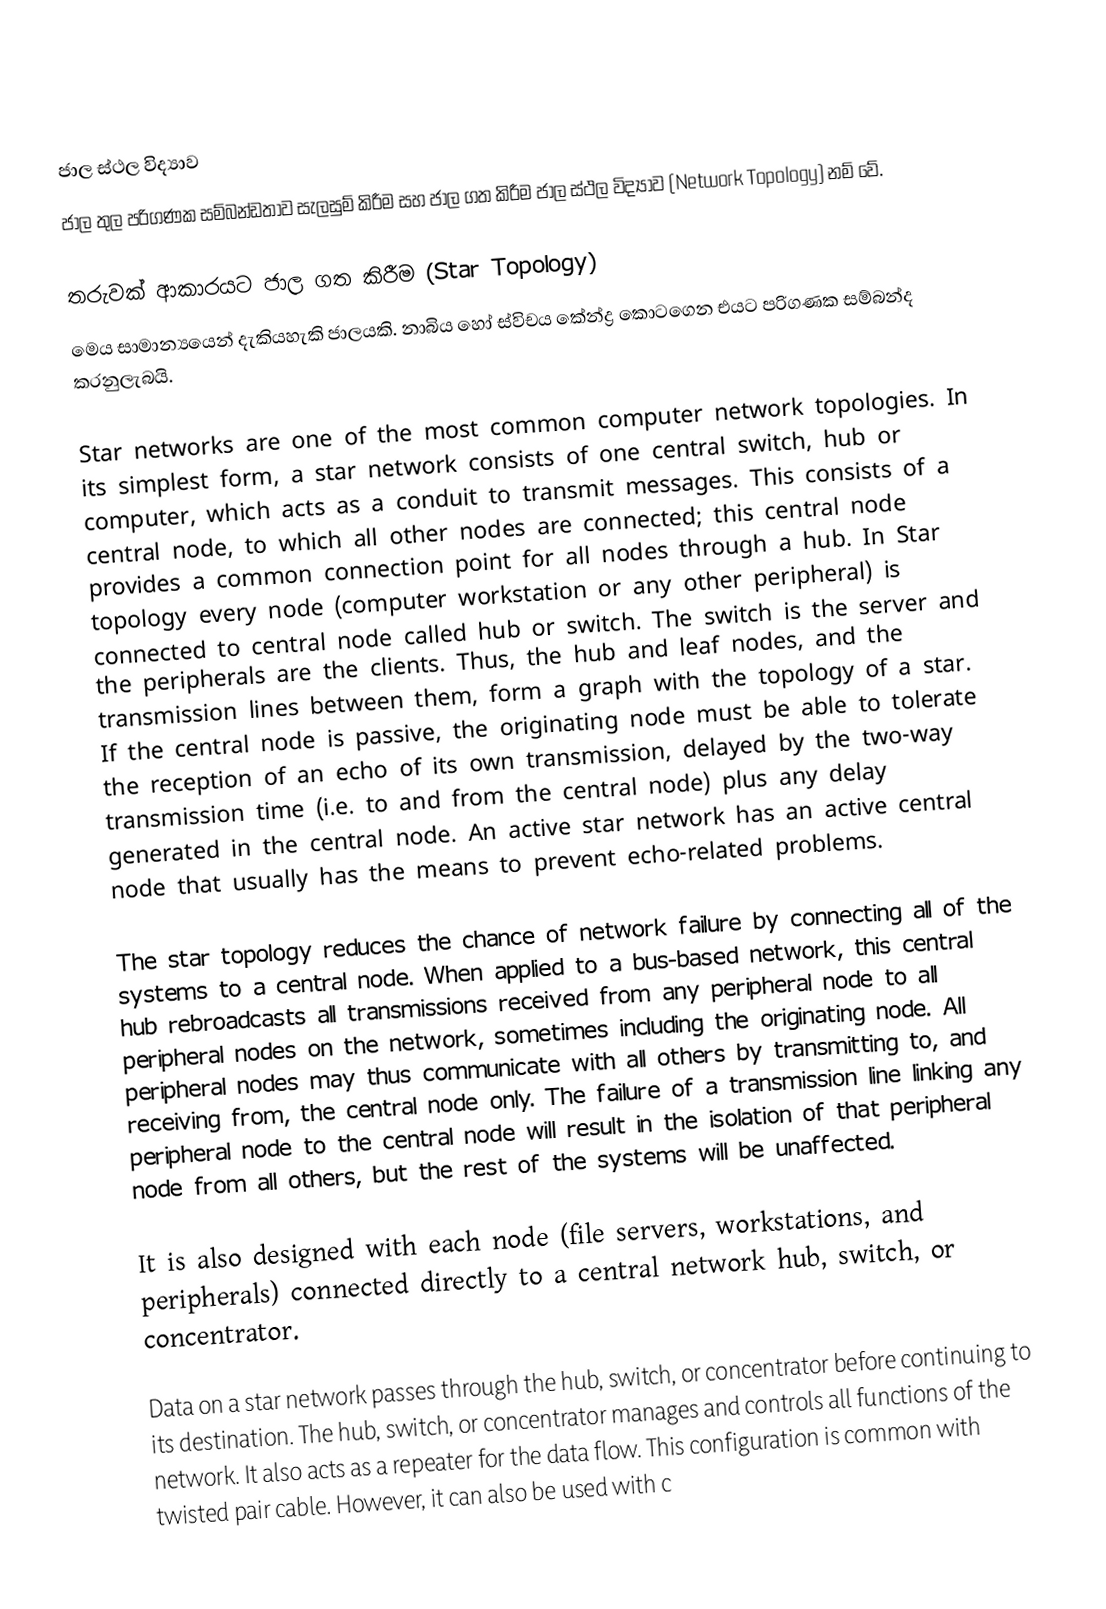

ජාල ස්ථල විද්‍යාව
ජාල තුල පරිගණක සම්බන්ඩතාව සැලසුම් කිරීම සහ ජාල ගත කිරීම ජාල ස්ථල විද්‍යාව (Network Topology) නම් වේ.

තරුවක් ආකාරයට ජාල ගත කිරීම (Star Topology)
මෙය සාමාන්‍යයෙන් දැකියහැකි ජාලයකි. නාබිය හෝ ස්විචය කේන්ද්‍ර කොටගෙන එයට පරිගණක සම්බන්ද කරනුලැබයි.

Star networks are one of the most common computer network topologies. In its simplest form, a star network consists of one central switch, hub or computer, which acts as a conduit to transmit messages. This consists of a central node, to which all other nodes are connected; this central node provides a common connection point for all nodes through a hub. In Star topology every node (computer workstation or any other peripheral) is connected to central node called hub or switch. The switch is the server and the peripherals are the clients. Thus, the hub and leaf nodes, and the transmission lines between them, form a graph with the topology of a star. If the central node is passive, the originating node must be able to tolerate the reception of an echo of its own transmission, delayed by the two-way transmission time (i.e. to and from the central node) plus any delay generated in the central node. An active star network has an active central node that usually has the means to prevent echo-related problems.

The star topology reduces the chance of network failure by connecting all of the systems to a central node. When applied to a bus-based network, this central hub rebroadcasts all transmissions received from any peripheral node to all peripheral nodes on the network, sometimes including the originating node. All peripheral nodes may thus communicate with all others by transmitting to, and receiving from, the central node only. The failure of a transmission line linking any peripheral node to the central node will result in the isolation of that peripheral node from all others, but the rest of the systems will be unaffected.

It is also designed with each node (file servers, workstations, and peripherals) connected directly to a central network hub, switch, or concentrator.

Data on a star network passes through the hub, switch, or concentrator before continuing to its destination. The hub, switch, or concentrator manages and controls all functions of the network. It also acts as a repeater for the data flow. This configuration is common with twisted pair cable. However, it can also be used with c